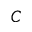
{ \cal C }